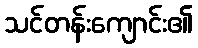
သင်တန်းကျောင်း၏